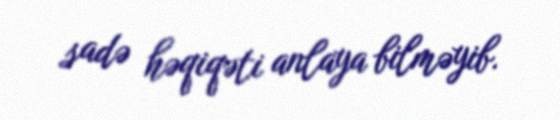
sadə həqiqəti anlaya bilməyib.